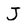
Character: J